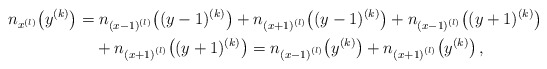
\begin{align*}n_{x^{(l)}}\!\left(y^{(k)}\right)=&\; n_{{(x-1)}^{(l)}}\!\left((y-1)^{(k)}\right)+n_{{(x+1)}^{(l)}}\!\left((y-1)^{(k)}\right)+n_{{(x-1)}^{(l)}}\!\left( (y+1)^{(k)}\right)\\&+n_{{(x+1)}^{(l)}}\!\left( (y+1)^{(k)}\right)=n_{{(x-1)}^{(l)}}\!\left(y^{(k)}\right)+n_{{(x+1)}^{(l)}}\!\left(y^{(k)}\right),\end{align*}